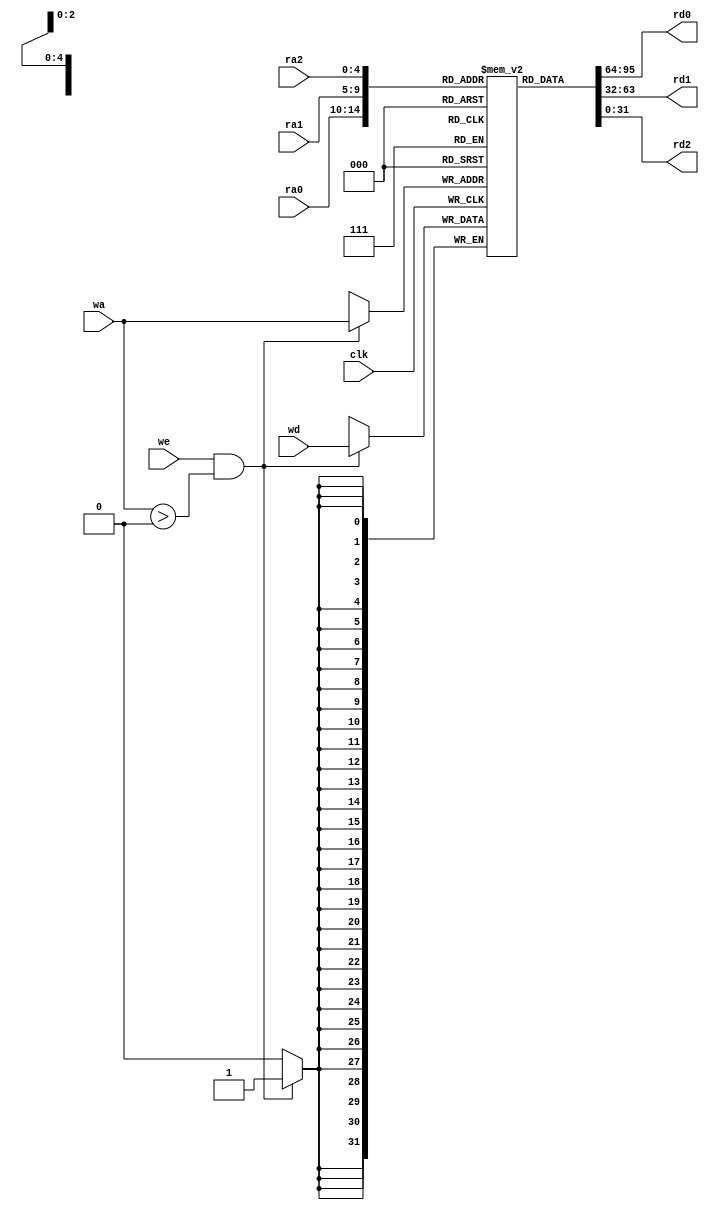
//32x32
//
module RF(   
        input clk,we,                  //
        input [4:0] wa,                 //
        input [31:0] wd,           //
        input [4:0] ra0,ra1,ra2,         //
        output [31:0] rd0,rd1,rd2  //
);

//
reg  [31:0]regfile[0:31];

//
assign rd0 = regfile[ra0];
assign rd1 = regfile[ra1];
assign rd2 = regfile[ra2];

initial  regfile[5'b00000]=32'h00000000;
always@(posedge clk) 
begin
    if (we && wa>0)  
        regfile[wa]  <=  wd;
end
endmodule